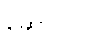
ဆောင်ပြ။